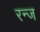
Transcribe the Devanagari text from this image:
रन्ज